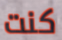
كنت